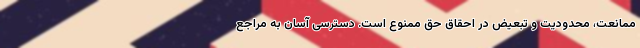
ممانعت، محدودیت و تبعیض در احقاق حق ممنوع است. دسترسی آسان به مراجع